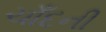
ચાઁદની